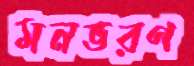
মনভরণ